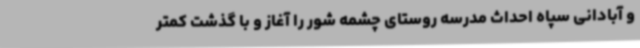
و آبادانی سپاه احداث مدرسه روستای چشمه شور را آغاز و با گذشت کمتر